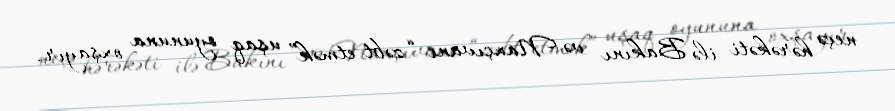
neçə hərəkəti ilə Bakını və Naxçıvanı “zəbt etmək” uşaq oyununa oxşayır.